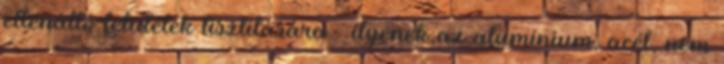
ellenálló felületek tisztítására – ilyenek az alumínium, acél, nem